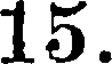
15.